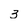
Character: 3